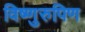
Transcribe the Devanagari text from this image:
विष्णुरुपिण